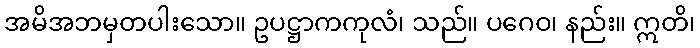
အမိအဘမှတပါးသော။ ဥပဋ္ဌာကကုလံ၊ သည်။ ပဂေဝ၊ နည်း။ ဣတိ၊